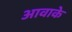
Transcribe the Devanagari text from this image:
आवाके